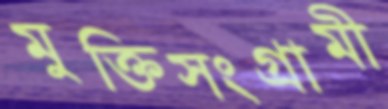
মুক্তিসংগ্রামী